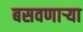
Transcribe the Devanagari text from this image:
बसवणार्‍या